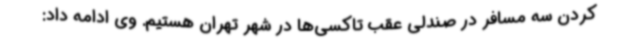
کردن سه مسافر در صندلی عقب تاکسی‌ها در شهر تهران هستیم. وی ادامه داد: